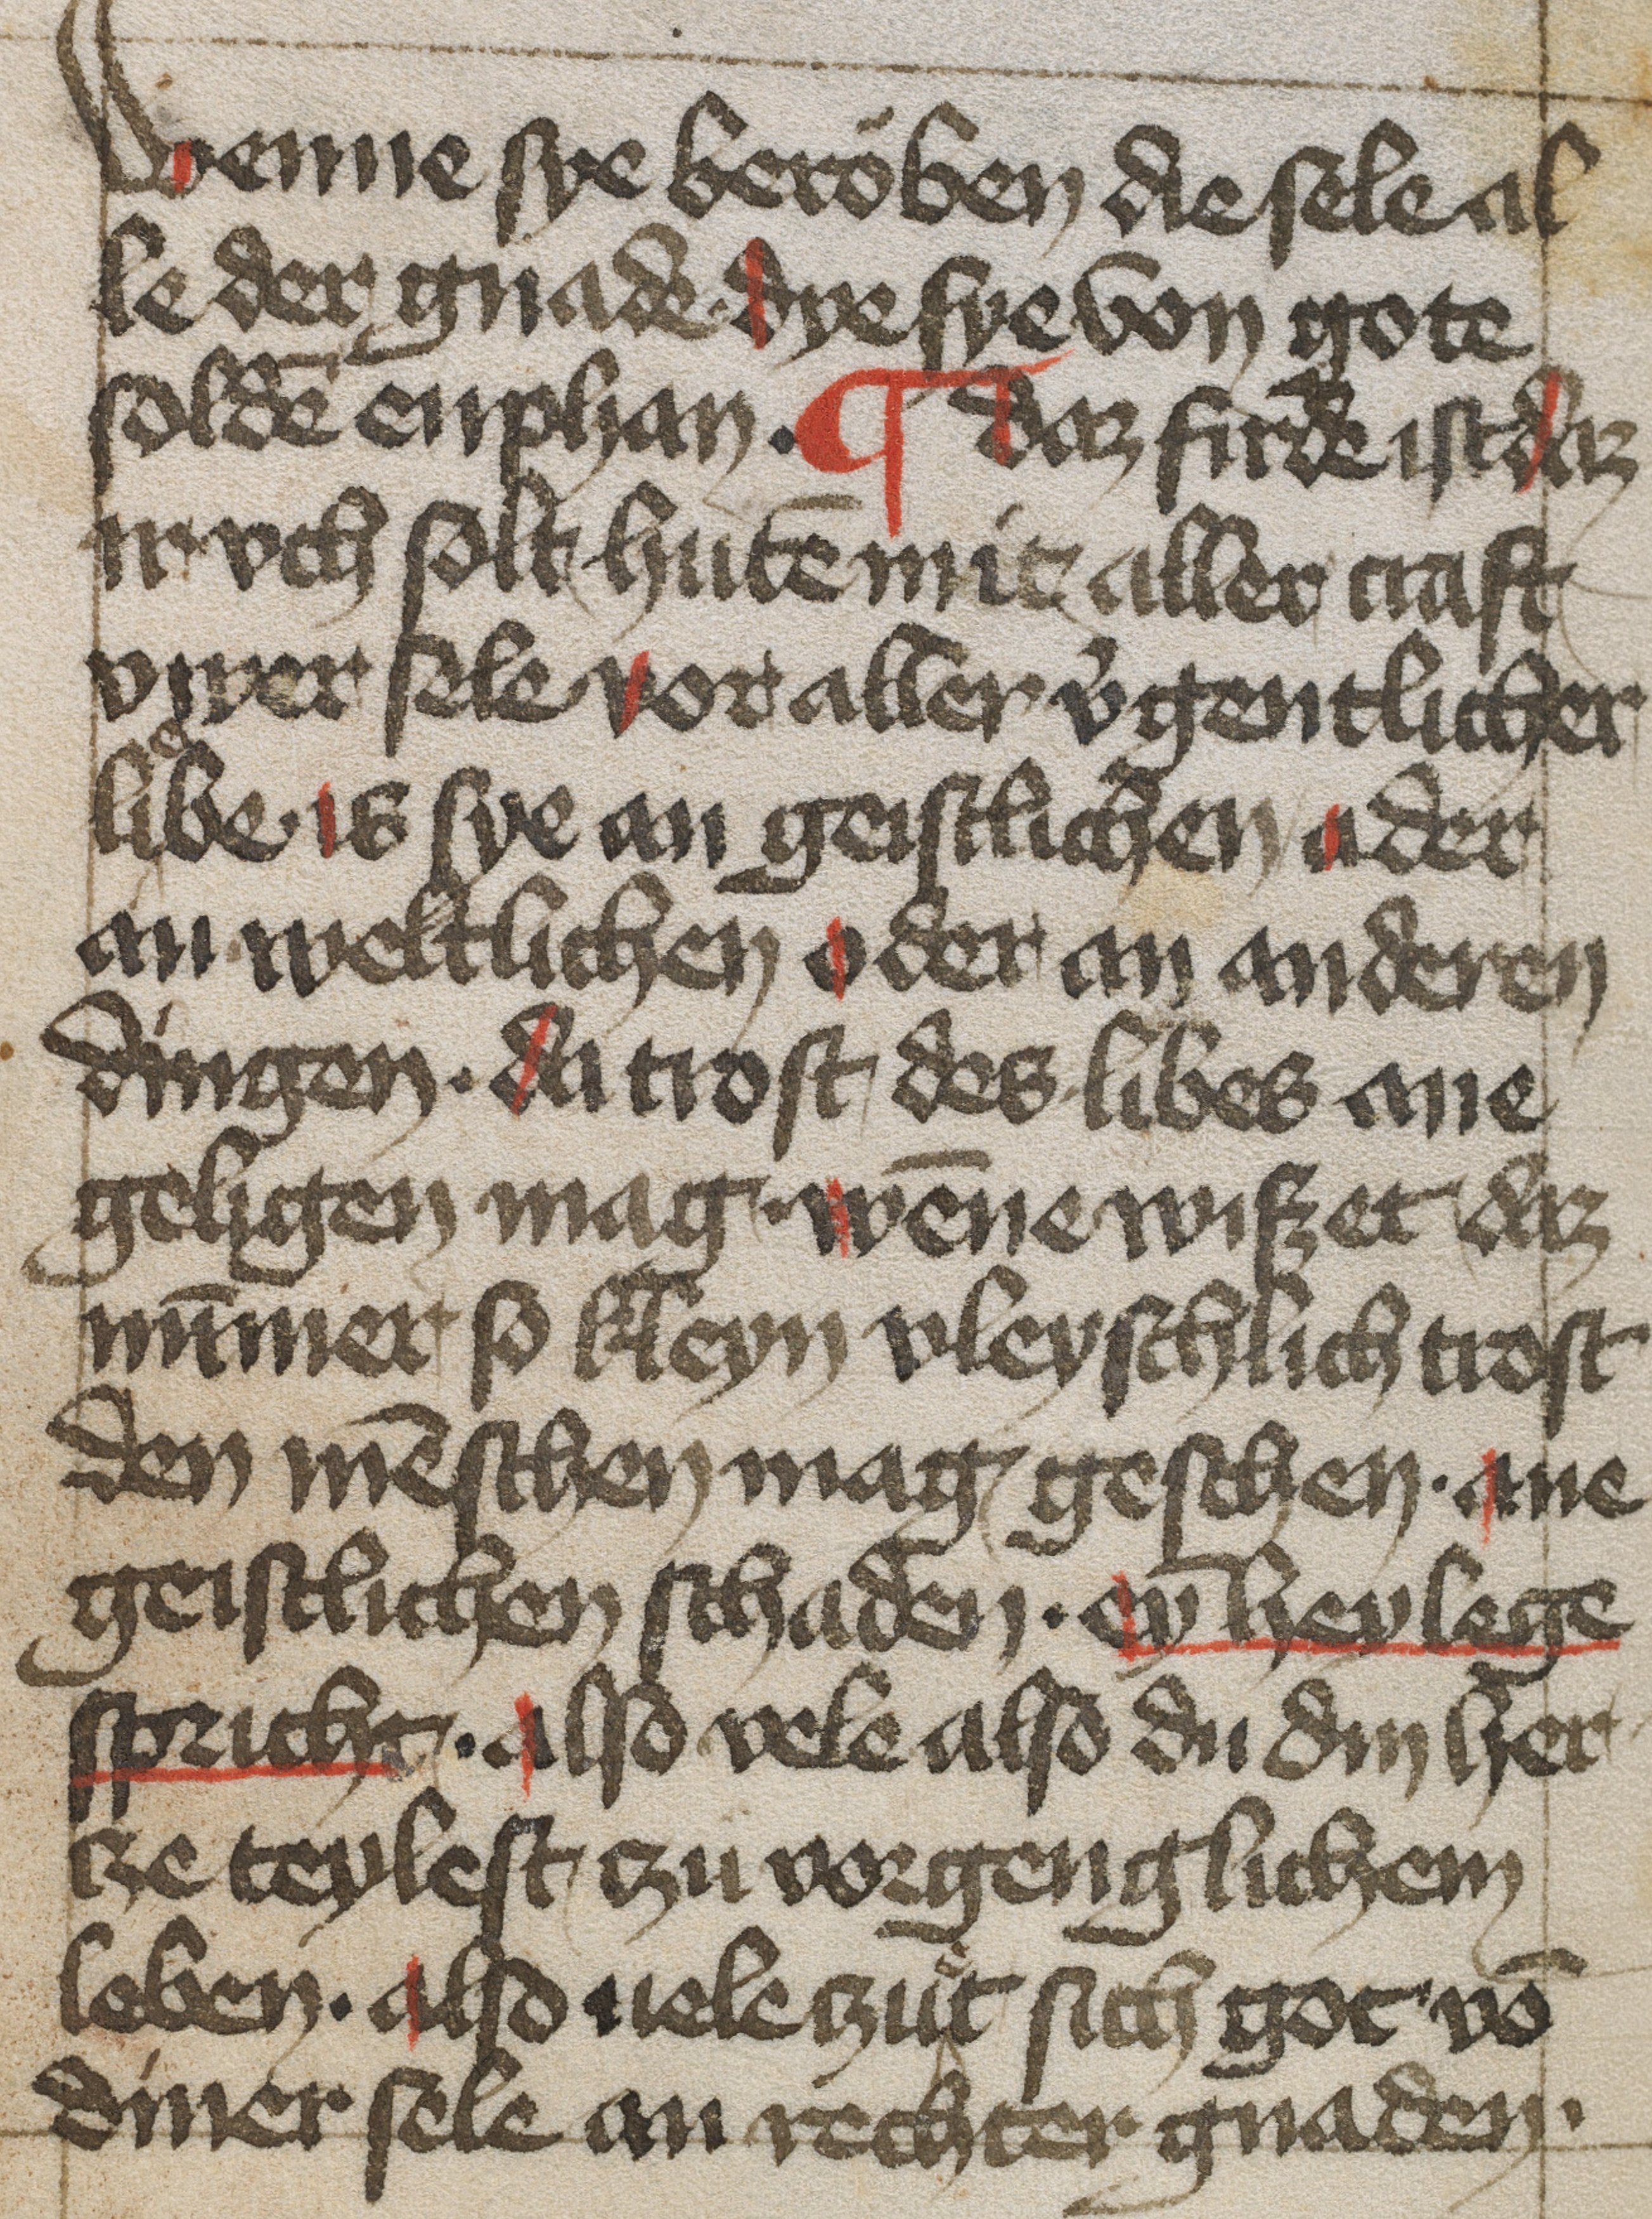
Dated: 1450–1499